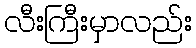
လီးကြီးမှာလည်း